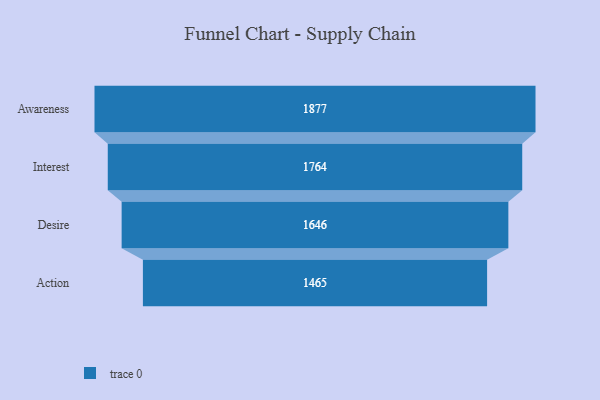
{"axis": {"x": "Stage", "y": "Value"}, "legend": [""], "data": [{"x": "Awareness", "y": 1877.0, "type": ""}, {"x": "Interest", "y": 1764.0, "type": ""}, {"x": "Desire", "y": 1646.0, "type": ""}, {"x": "Action", "y": 1465.0, "type": ""}]}